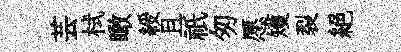
芸栻瞰綬且祇匆愿矱裂絕